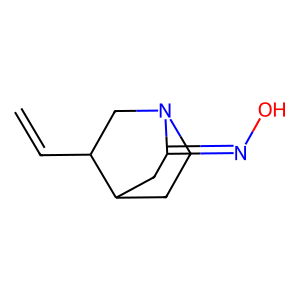
SMILES: C=CC1CN2CCC1CC2=NO
Inhibits HIV replication: No